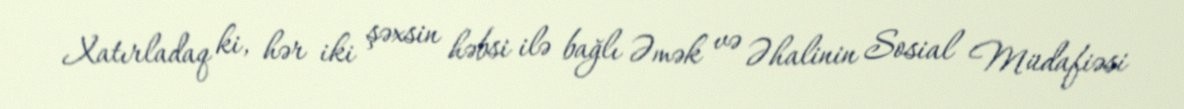
Xatırladaq ki, hər iki şəxsin həbsi ilə bağlı Əmək və Əhalinin Sosial Müdafiəsi